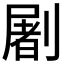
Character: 𰅂